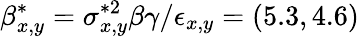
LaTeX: \beta_{x,y}^{*}=\sigma_{x,y}^{*2}\beta\gamma/\epsilon_{x,y}=(5.3,4.6)